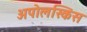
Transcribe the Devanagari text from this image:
अपोलस्किस